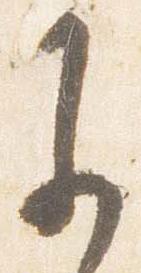
参